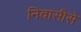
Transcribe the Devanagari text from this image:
निवासीसे